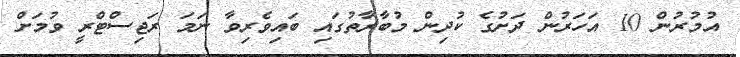
އުމުރުން 10 އަހަރުން ދަށުގެ ކުދިން މުބާރާތުގައި ބައިވެރިވާ ނަމަ ރަޖިސްޓްރީ ވުމަށް